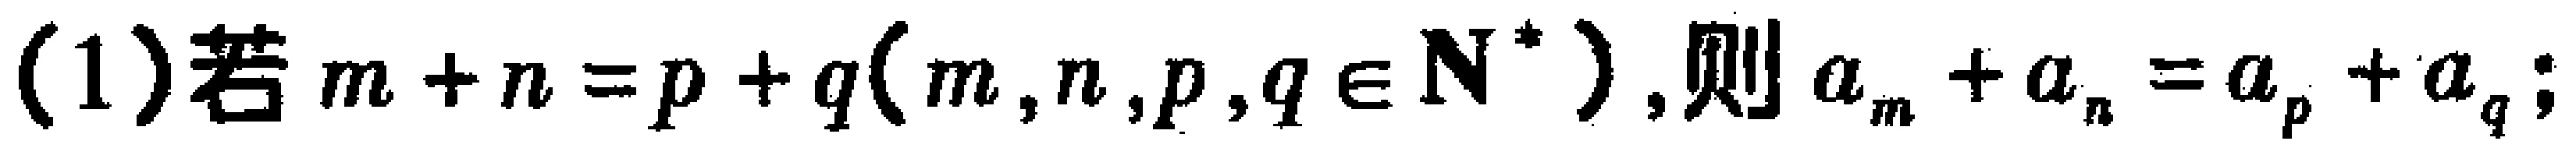
(1)若\(m + n = p + q(m,n,p,q\in \mathbf{N}^{*})\),则\(a_{m}+a_{n}=a_{p}+a_{q}\);